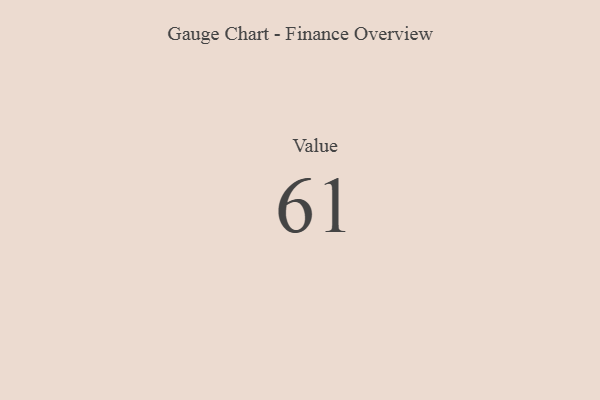
{"axis": {"x": "Metric", "y": "Value"}, "legend": [""], "data": [{"x": "Value", "y": 61, "type": ""}]}